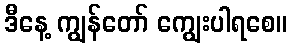
ဒီနေ့ ကျွန်တော် ကျွေးပါရစေ။